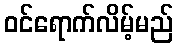
ဝင်ရောက်လိမ့်မည်